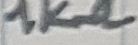
Text: 1KΩ